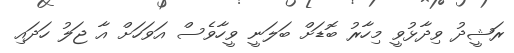
ރަޝީދު ވިދާޅުވީ މިހާރު ބޮޑަށް ބަލަނީ ވީހާވެސް އަވަހަށް އާ ޖަލު ހަދައި